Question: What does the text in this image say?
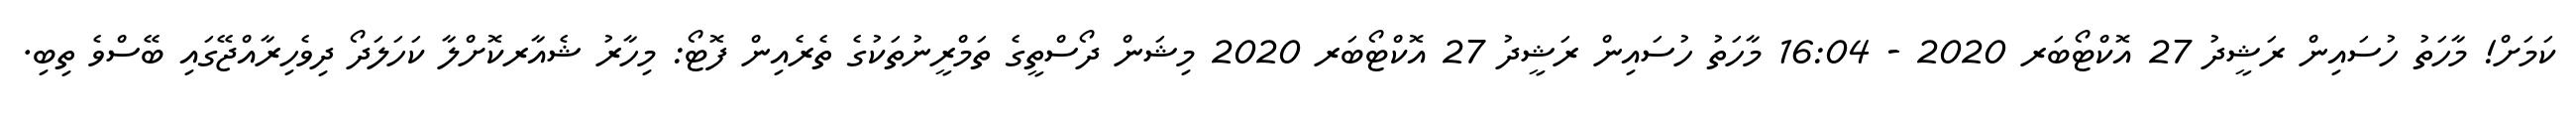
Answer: ކަމަށް! މާހަތު ހުސައިން ރަޝީދު 27 އޮކްޓޯބަރ 2020 - 16:04 މާހަތު ހުސައިން ރަޝީދު 27 އޮކްޓޯބަރ 2020 މިޝަން ދޯސްތީގެ ތަމްރީނުތަކުގެ ތެރެއިން ފޮޓޯ: މިހާރު ޝެއާރކޮށްލާ ކަހަލަދޯ ދިވެހިރާއްޖޭގައި ބޭސްވެ ތިބި.